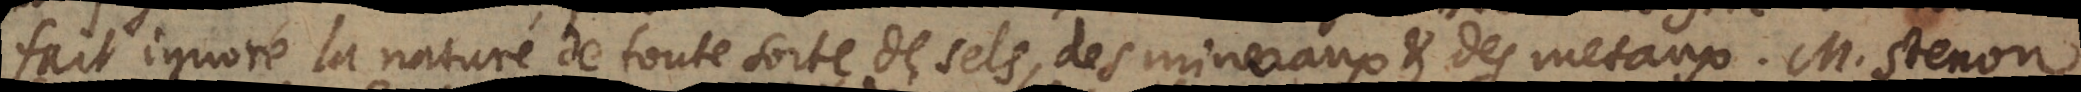
fait ignoré la nature de toute sorte de sels, des mineraux et des metaux. M. Stenon